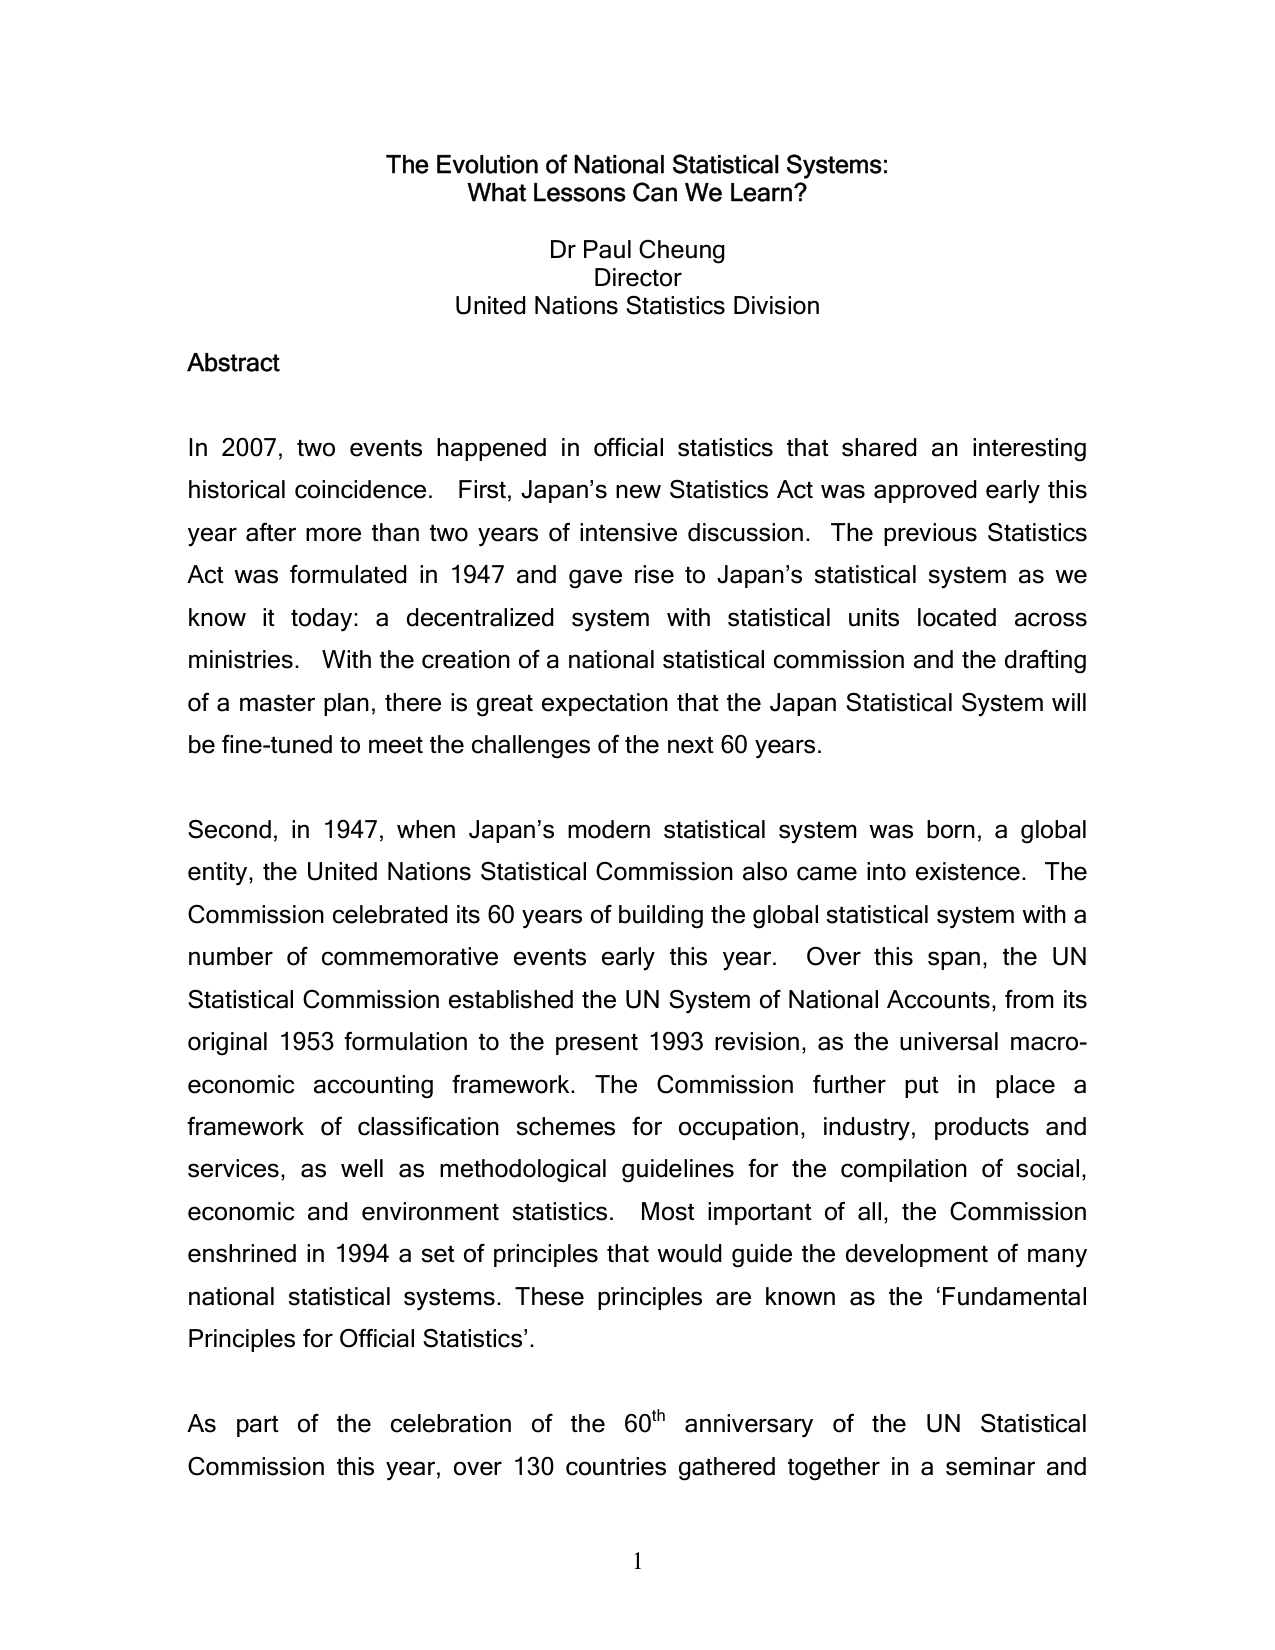
The Evolution of National Statistical Systems:
What Lessons Can We Learn?

Dr Paul Cheung
Director
United Nations Statistics Division

Abstract

In 2007, two events happened in official statistics that shared an interesting historical coincidence. First, Japan’s new Statistics Act was approved early this year after more than two years of intensive discussion. The previous Statistics Act was formulated in 1947 and gave rise to Japan’s statistical system as we know it today: a decentralized system with statistical units located across ministries. With the creation of a national statistical commission and the drafting of a master plan, there is great expectation that the Japan Statistical System will be fine-tuned to meet the challenges of the next 60 years.

Second, in 1947, when Japan’s modern statistical system was born, a global entity, the United Nations Statistical Commission also came into existence. The Commission celebrated its 60 years of building the global statistical system with a number of commemorative events early this year. Over this span, the UN Statistical Commission established the UN System of National Accounts, from its original 1953 formulation to the present 1993 revision, as the universal macro-economic accounting framework. The Commission further put in place a framework of classification schemes for occupation, industry, products and services, as well as methodological guidelines for the compilation of social, economic and environment statistics. Most important of all, the Commission enshrined in 1994 a set of principles that would guide the development of many national statistical systems. These principles are known as the ‘Fundamental Principles for Official Statistics’.

As part of the celebration of the 60th anniversary of the UN Statistical Commission this year, over 130 countries gathered together in a seminar and

1